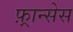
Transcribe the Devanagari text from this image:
फ़्रान्सेस